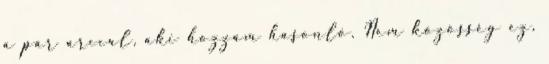
a pár arccal, aki hozzám hasonló. Nem közösség ez,